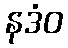
နဒံဝ